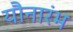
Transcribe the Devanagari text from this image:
यौनारंभ